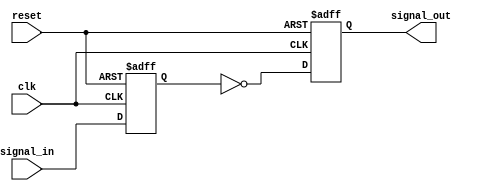
module inverter_delay (
    input wire signal_in,
    output reg signal_out,
    input wire clk,
    input wire reset
);

reg delay_reg;

always @(posedge clk or posedge reset) begin
    if (reset) begin
        delay_reg <= 1'b0;
    end else begin
        delay_reg <= signal_in;
    end
end

always @(posedge clk or posedge reset) begin
    if (reset) begin
        signal_out <= 1'b0;
    end else begin
        signal_out <= ~delay_reg;
    end
end

endmodule